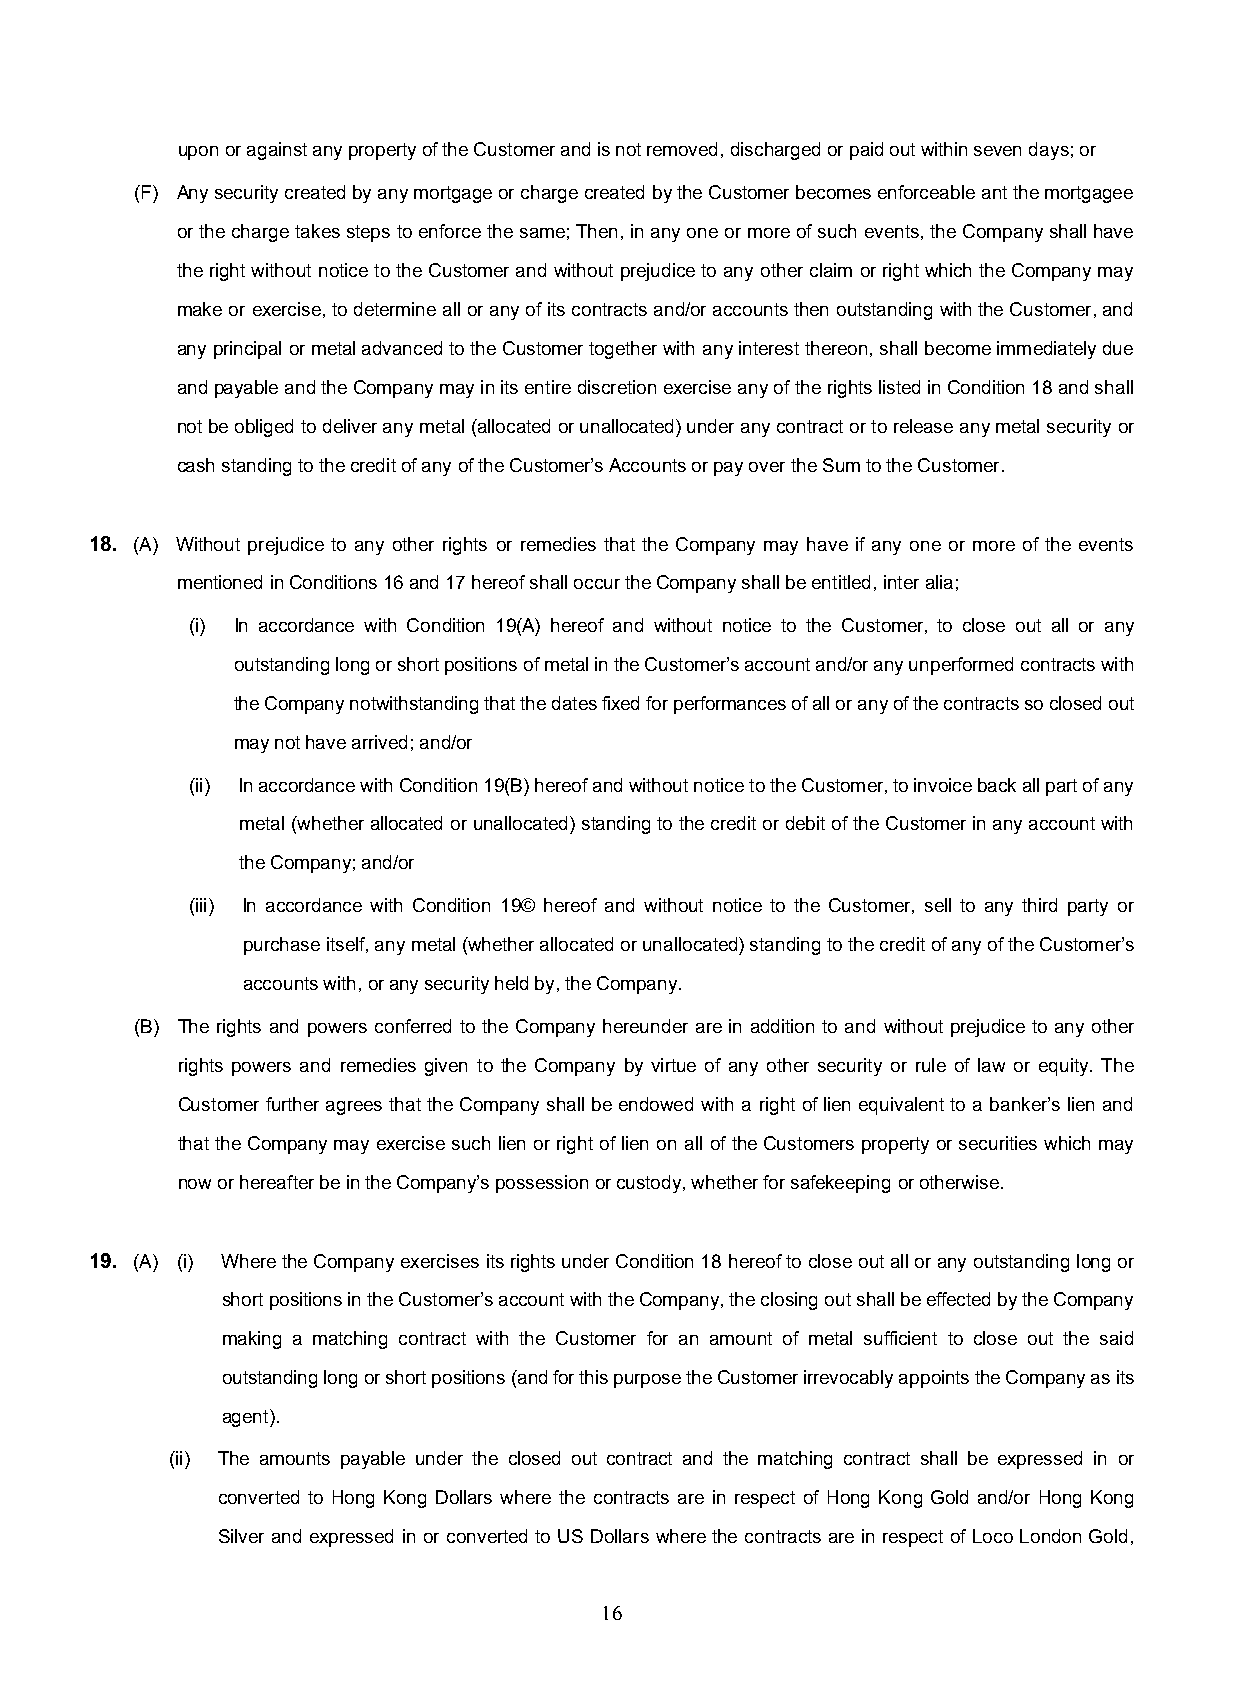
upon or against any property of the Customer and is not removed, discharged or paid out within seven days; or
 (F) Any security created by any mortgage or charge created by the Customer becomes enforceable ant the mortgagee
 or the charge takes steps to enforce the same; Then, in any one or more of such events, the Company shall have
 the right without notice to the Customer and without prejudice to any other claim or right which the Company may
 make or exercise, to determine all or any of its contracts and/or accounts then outstanding with the Customer, and
 any principal or metal advanced to the Customer together with any interest thereon, shall become immediately due
 and payable and the Company may in its entire discretion exercise any of the rights listed in Condition 18 and shall
 not be obliged to deliver any metal (allocated or unallocated) under any contract or to release any metal security or
 cash standing to the credit of any of the Customer’s Accounts or pay over the Sum to the Customer.
 18. (A) Without prejudice to any other rights or remedies that the Company may have if any one or more of the events
 mentioned in Conditions 16 and 17 hereof shall occur the Company shall be entitled, inter alia;
 (i) In accordance with Condition 19(A) hereof and without notice to the Customer, to close out all or any
 outstanding long or short positions of metal in the Customer’s account and/or any unperformed contracts with
 the Company notwithstanding that the dates fixed for performances of all or any of the contracts so closed out
 may not have arrived; and/or
 (ii) In accordance with Condition 19(B) hereof and without notice to the Customer, to invoice back all part of any
 metal (whether allocated or unallocated) standing to the credit or debit of the Customer in any account with
 the Company; and/or
 (iii) In accordance with Condition 19© hereof and without notice to the Customer, sell to any third party or
 purchase itself, any metal (whether allocated or unallocated) standing to the credit of any of the Customer’s
 accounts with, or any security held by, the Company.
 (B) The rights and powers conferred to the Company hereunder are in addition to and without prejudice to any other
 rights powers and remedies given to the Company by virtue of any other security or rule of law or equity. The
 Customer further agrees that the Company shall be endowed with a right of lien equivalent to a banker’s lien and
 that the Company may exercise such lien or right of lien on all of the Customers property or securities which may
 now or hereafter be in the Company’s possession or custody, whether for safekeeping or otherwise.
 19. (A) (i) Where the Company exercises its rights under Condition 18 hereof to close out all or any outstanding long or
 short positions in the Customer’s account with the Company, the closing out shall be effected by the Company
 making a matching contract with the Customer for an amount of metal sufficient to close out the said
 outstanding long or short positions (and for this purpose the Customer irrevocably appoints the Company as its
 agent).
 (ii) The amounts payable under the closed out contract and the matching contract shall be expressed in or
 converted to Hong Kong Dollars where the contracts are in respect of Hong Kong Gold and/or Hong Kong
 Silver and expressed in or converted to US Dollars where the contracts are in respect of Loco London Gold,
 16